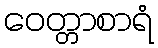
ဝေတ္တာစာရံ